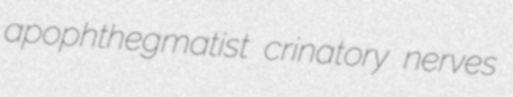
apophthegmatist crinatory nerves